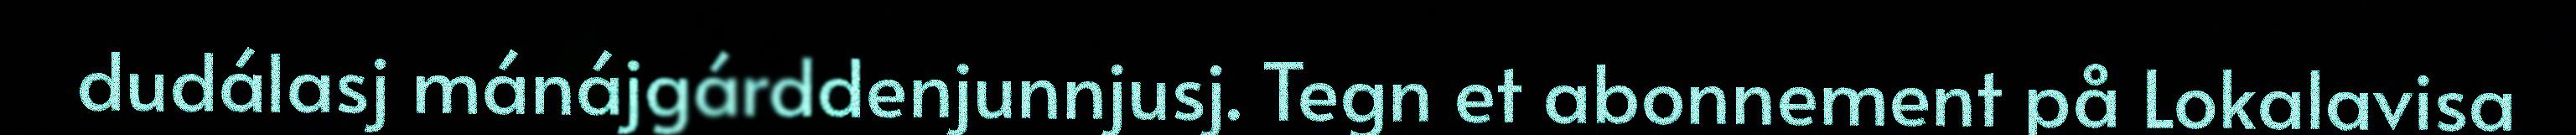
dudálasj mánájgárddenjunnjusj. Tegn et abonnement på Lokalavisa